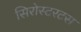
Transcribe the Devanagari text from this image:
सिरोस्टरटस